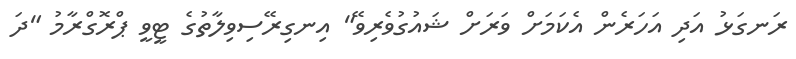
ރަނގަޅު އަދި އަހަރެން އެކަމަށް ވަރަށް ޝައުގުވެރިވޭ" އިނގިރޭސިވިލާތުގެ ޓީވީ ޕްރޮގްރާމު "ދަ